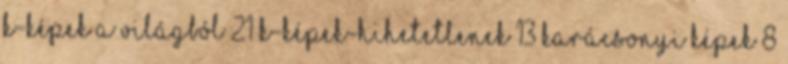
K-Képek a világból 21 K-Képek-hihetetlenek 13 Karácsonyi képek 8